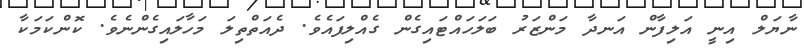
ނާޔަލް އިނީ އަލިފާން އަނދާ މަންޒަރު ބަލަހައްޓައިގެން ގެއްލިފައެވެ. ދެއަތްތިލަ މަހާލައިގެންނެވެ. ކޮންކަމަކާ